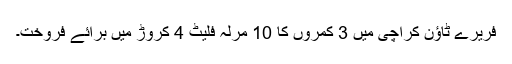
فریرے ٹاؤن کراچی میں 3 کمروں کا 10 مرلہ فلیٹ 4 کروڑ میں برائے فروخت۔